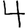
Digit: 4